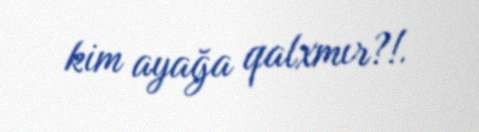
kim ayağa qalxmır?!.